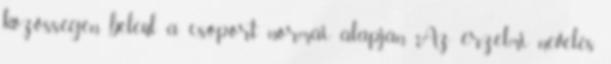
közösségen beleül a csoport normái alapján. Az érzelmi nevelés